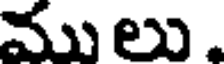
ము లు .